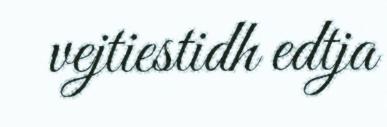
vejtiestidh edtja